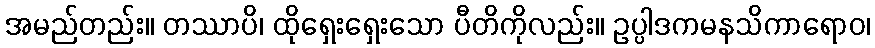
အမည်တည်း။ တဿာပိ၊ ထိုရှေးရှေးသော ပီတိကိုလည်း။ ဥပ္ပါဒကမနသိကာရောဝ၊